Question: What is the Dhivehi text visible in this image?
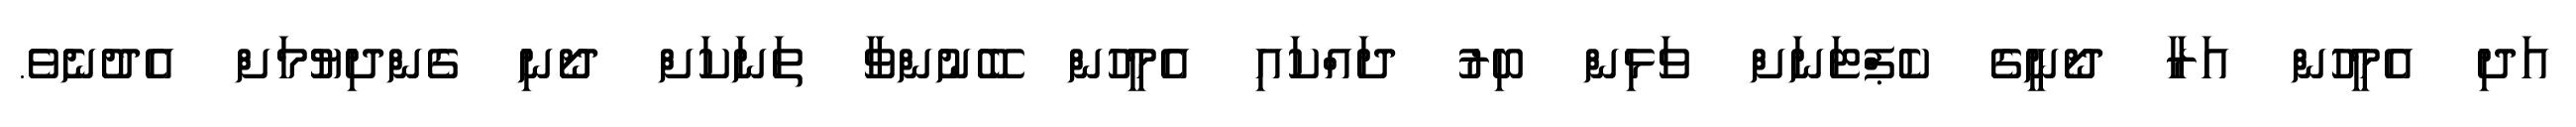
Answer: އަދި އެމީހުން އަރާ ދޯނީގެ ކެޕްޓަނަށް ވަޅިން ބިރު ދައްކައި އެމީހުން ބޭނުންވާ ތަނަކަށް ދޯނި ގެންދިޔުމަށް އެދުނެވެ.